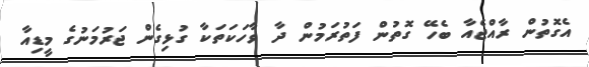
އެގޮތުން ރާއްޖެއާ ބެހޭ ގޮތުން ފަތުރަމުން ދާ ވާހަކަތަކާ ގުޅިގެން ޖަރުމަނުގެ މީޑިއާ